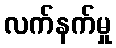
လက်နက်မှု